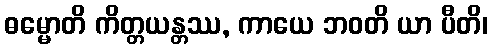
ဓမ္မောတိ ကိတ္တယန္တဿ, ကာယေ ဘဝတိ ယာ ပီတိ၊